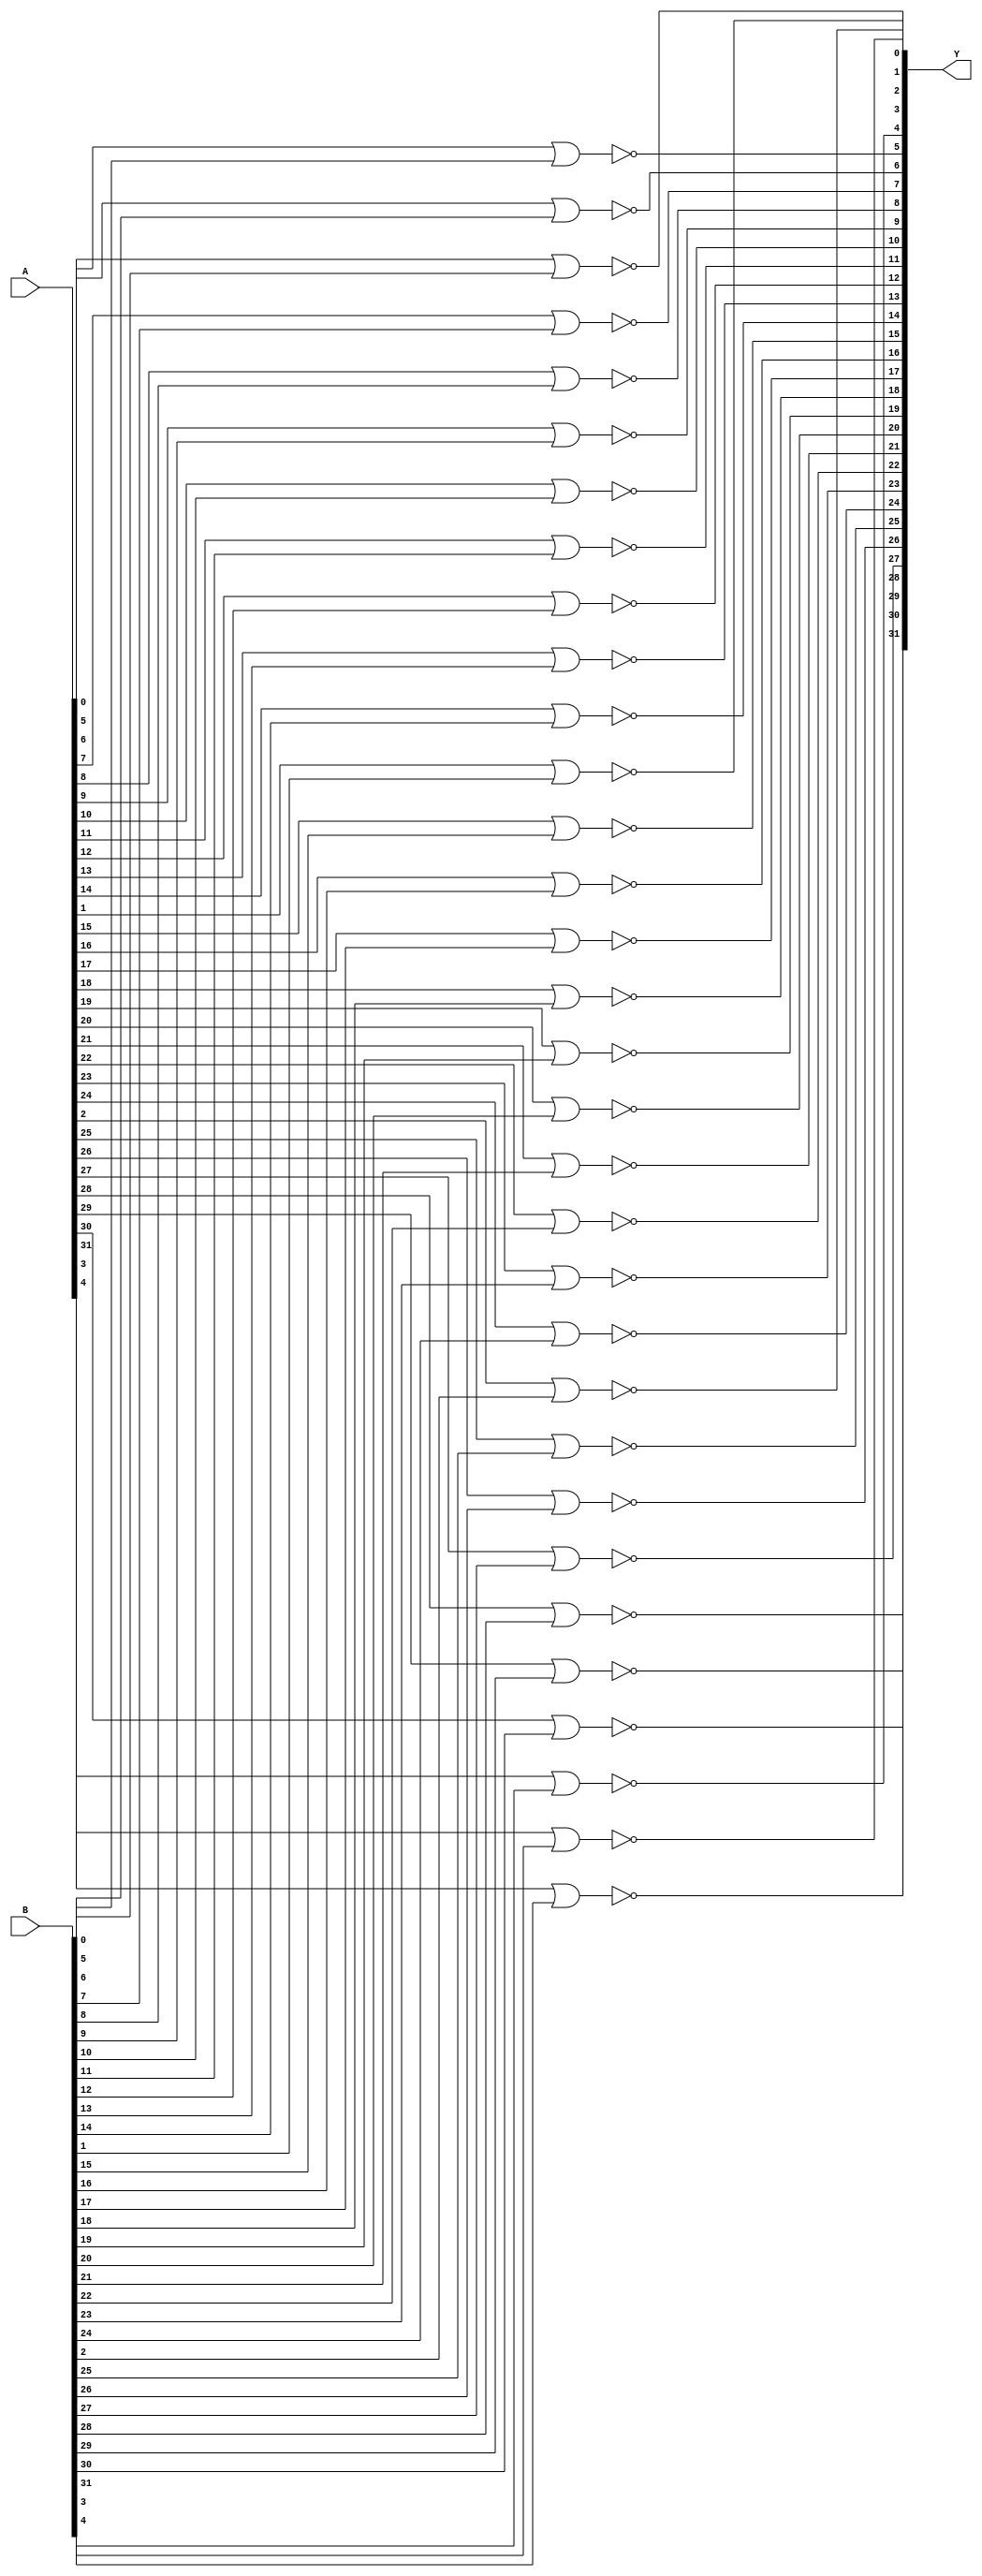
// Name: logic_32_bit.v
// Module: 
// Input: 
// Output: 
//
// Notes: Common definitions
// 
//
// Revision History:
//
// Version	Date		Who		email			note
//------------------------------------------------------------------------------------------
//  1.0     Sep 02, 2014	Kaushik Patra	kpatra@sjsu.edu		Initial creation
//  1.1     Apr 11, 2020	Ryan Tran	tranryanp@gmail.com	All 32-bit logic gates implemented
//  1.2	    Apr 14, 2020	Ryan Tran	tranryanp@gmail.com	32-bit BUF gate implemented
//------------------------------------------------------------------------------------------
//

// 32-bit NOR
module NOR32_2x1(Y,A,B);
//output 
output [31:0] Y;
//input
input [31:0] A;
input [31:0] B;

// generates 32 NOR's
genvar i;
generate
	for (i = 0; i < 32; i = i + 1)
	begin: nor_32bit_generation_loop
		nor nor_inst1(Y[i], A[i], B[i]);
	end
endgenerate

endmodule

// 32-bit AND
module AND32_2x1(Y,A,B);
//output 
output [31:0] Y;
//input
input [31:0] A;
input [31:0] B;

// generates 32 AND's
genvar i;
generate
	for (i = 0; i < 32; i = i + 1)
	begin: and_32bit_generation_loop
		and and_inst1(Y[i], A[i], B[i]);
	end
endgenerate

endmodule

// 32-bit inverter
module INV32_1x1(Y,A);
//output 
output [31:0] Y;
//input
input [31:0] A;

// generates 32 NOT's
genvar i;
generate
	for (i = 0; i < 32; i = i + 1)
	begin: inv_32bit_generation_loop
		not inv_inst1(Y[i], A[i]);
	end
endgenerate

endmodule

// 32-bit OR
module OR32_2x1(Y,A,B);
//output 
output [31:0] Y;
//input
input [31:0] A;
input [31:0] B;

wire [31:0] nor_result;

NOR32_2x1 nor32_2x1_inst1(.Y(nor_result), .A(A), .B(B));
INV32_1x1 inv32_1x1_inst1(.Y(Y), .A(nor_result));

endmodule

// 32-bit BUF
module BUF32_2x1(Y,A);
//output 
output [31:0] Y;
//input
input [31:0] A;

// generates 32 BUF's
genvar i;
generate
	for (i = 0; i < 32; i = i + 1)
	begin: buf_32bit_generation_loop
		buf buf_inst1(Y[i], A[i]);
	end
endgenerate

endmodule